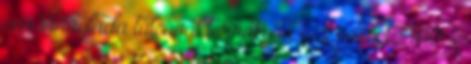
cm Virágláda tálcával terrakotta 6 L méret: 400 x